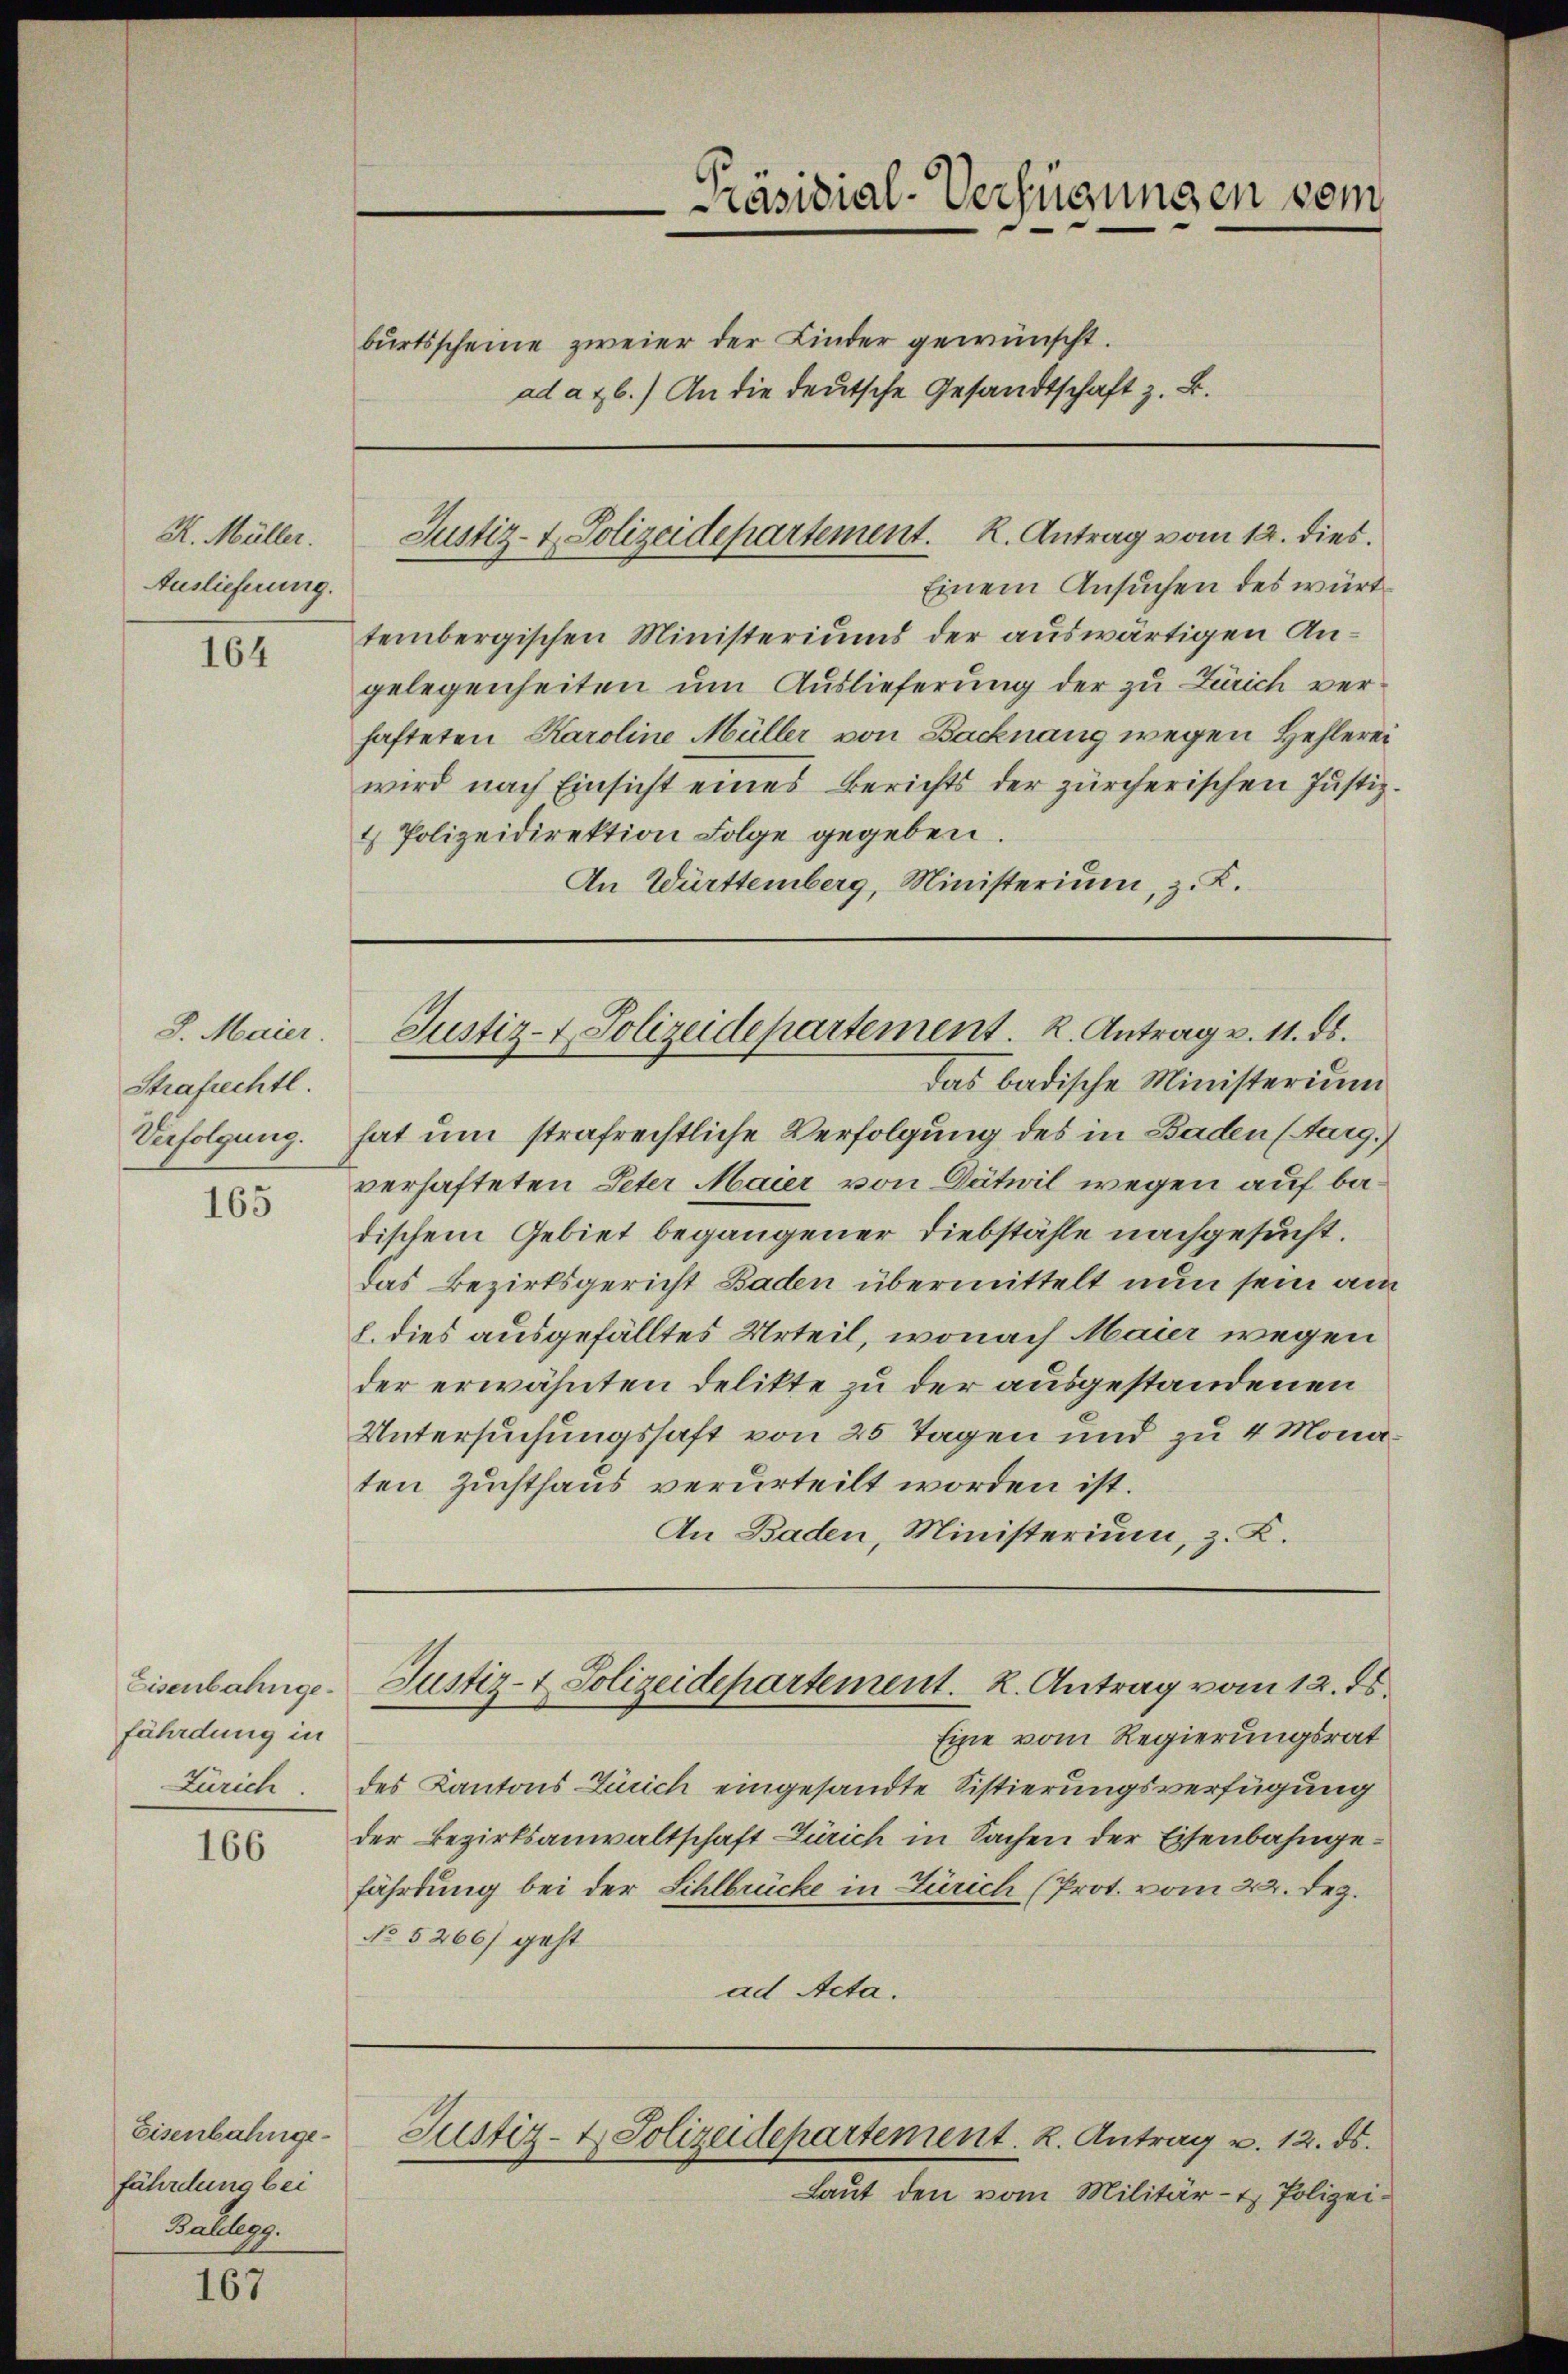
R. Müller.
Auslieferung.

164

8. Maier.
Strafrechtl.
Verfolgung.

165

fährdung in
Zürich

166

Eisenbahngefährdung bei
Ballberg.

167

Einem Ansuchen des württembergischen Ministeriums der auswärtigen Angelegenheiten um Auslieferung der zu Zürich verhafteten Karoline Müller von Backnang wegen Hehlerei
wird nach Einsicht eines Berichts der zürcherischen Justiz¬
& Polizeidirektion Folge gegeben.
An Württemberg, Ministerium, z. K.

Präsidial-Verfügungen vom
burtsscheine zweier der Kinder gewünscht.
ad a 26.) An die deutsche Gesandtschaft z. B.

Justiz- & Polizeidepartement. K. Antrag vom 12. dies

hat um strafrechtliche Verfolgung des in Baden (Aurg.
verhafteten Peter Maier, von Dätwil wegen auf badischem Gebiet begangener Diebstähle nachgesucht.
das Bezirksgericht Baden übermittelt nun sein am
l. dies ausgefälltes Urteil, wonach Maier wegen
der erwähnten Delikte zu der ausgestandenen
Untersuchungssaft von 25 Tagen und zu 4 Monaten Zuchthaus verurteilt worden ist.
An Baden, Ministerium, z. K.
Eisenbahnge Justiz- & Polizeidepartement. K. Antrag vom 12. ds.
Eine vom Regierungsrat
des Kantons Zürich eingesandte Sistierungsverfügung
der Bezirksanwaltschaft Zürich in Sachen der Eisenbahngefährdung bei der Sihlbrücke in Zürich (Prot. vom 22. Dez.
No 5266) geht
ad Acta.
Justiz- & Polizeidepartement. K. Antrag u. 12. ds.
Laut den vom Militär- & Polizei¬

Justiz- & Polizeidepartement. 2. Antrag v. 11. ds.
Das badische Ministerium